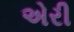
એરી